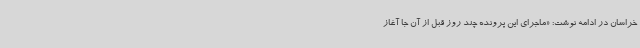
خراسان در ادامه نوشت: «ماجرای این پرونده چند روز قبل از آن جا آغاز